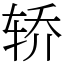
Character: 轿